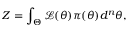
Z = \int _ { \Theta } \mathcal { L } ( \theta ) \pi ( \theta ) d ^ { n } \theta ,